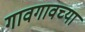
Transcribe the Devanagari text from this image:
गावगावच्या